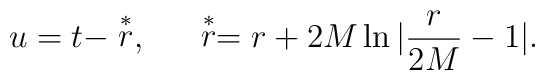
u=t-\stackrel{*}{r},~~~~\stackrel{*}{r}=r+2M\ln|\frac{r}{2M}-1|.